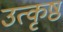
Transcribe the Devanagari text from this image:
उत्‍कृष्ठ